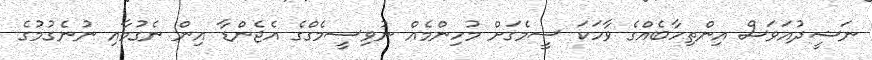
ނަޝީދުއަވަސް އިންތިހާބެއްގެ ވާހަކަ ސީމެގަށް މުހިންމެއް ނުވިސީމެގްގެ އެޖެންޑާ އިން ނެގުމާއި ނުނެގުމުގެ